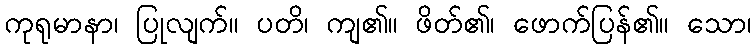
ကုရုမာနာ၊ ပြုလျက်။ ပတိ၊ ကျ၏။ ဖိတ်၏၊ ဖောက်ပြန်၏။ သော၊